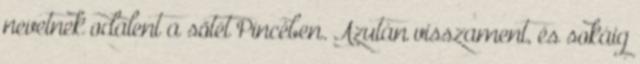
nevetnek odalent a sötét Pincében. Azután visszament, és sokáig